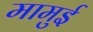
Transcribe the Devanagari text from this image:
मामुई